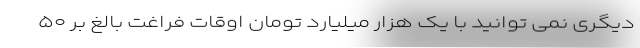
دیگری نمی توانید با یک هزار میلیارد تومان اوقات فراغت بالغ بر ۵۰